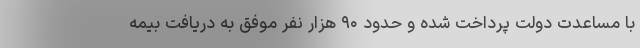
با مساعدت دولت پرداخت شده و حدود ۹۰ هزار نفر موفق به دریافت بیمه